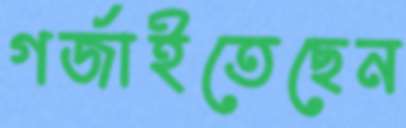
গর্‌জাইতেছেন